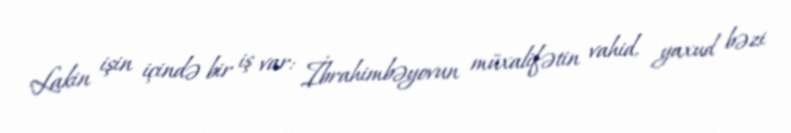
Lakin işin içində bir iş var: İbrahimbəyovun müxalifətin vahid, yaxud bəzi